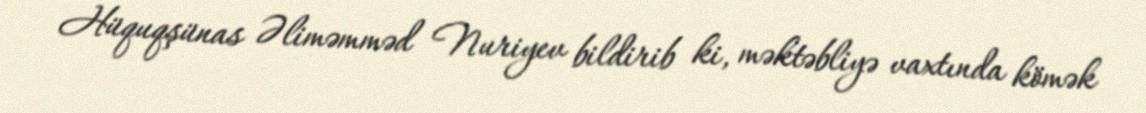
Hüquqşünas Əliməmməd Nuriyev bildirib ki, məktəbliyə vaxtında kömək